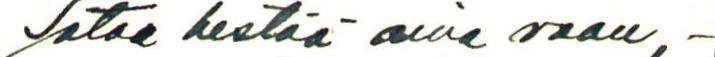
Sotaa kestää aina vaan, -